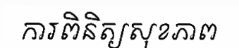
ការពិនិត្យសុខភាព